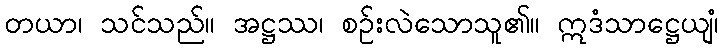
တယာ၊ သင်သည်။ အဋ္ဌဿ၊ စဉ်းလဲသောသူ၏။ ဣဒံသာဋ္ဌေယျံ၊